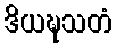
ဒိယဍ္ဎသတံ